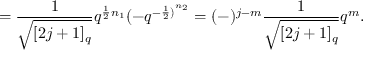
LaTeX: = \frac { 1 } { \sqrt { [ 2 j + 1 ] _ { q } } } q ^ { \frac { 1 } { 2 } n _ { 1 } } ( - q ^ { { - \frac { 1 } { 2 } ) } ^ { n _ { 2 } } } = ( - ) ^ { j - m } \frac { 1 } { \sqrt { [ 2 j + 1 ] _ { q } } } q ^ { m } .